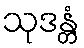
သုဒန္တံ